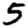
Digit: 5